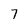
Character: 7